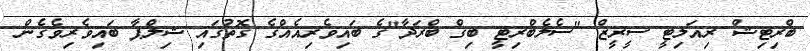
ބްރިޓިޝް ރިއަލިޓީ ސީރީޒް "ސެލެބްރިޓީ ބިގް ބްރަދާ"ގެ ބައިވެރިއެއްގެ ގޮތުގައި ޝިލްޕާ ބައިވެރިވެގެން